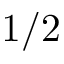
1 / 2